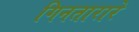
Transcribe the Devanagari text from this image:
गिनतारारे